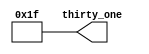
module thirty_one(
output reg [4:0] thirty_one
);
	
	always @(*) begin
		thirty_one <= (4'h0 | 31);
	end
	
endmodule